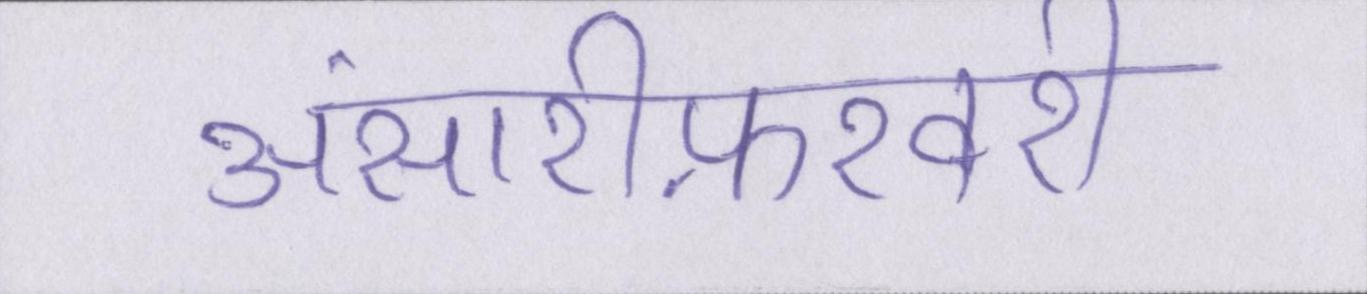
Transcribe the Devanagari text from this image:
अंसारीफ़रवरी